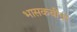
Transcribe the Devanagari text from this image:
भासकवीचा